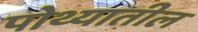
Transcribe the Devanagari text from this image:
पोथ्यातील